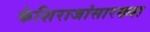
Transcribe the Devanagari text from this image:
केशिराजांसारख्या